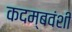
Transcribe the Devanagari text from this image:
कदम्बवंशी